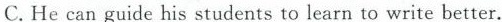
C.He can guide his students to learn to write better.